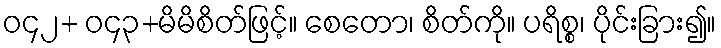
ဝ၄၂+ ဝ၄၃+မိမိစိတ်ဖြင့်။ စေတော၊ စိတ်ကို။ ပရိစ္စ၊ ပိုင်းခြား၍။